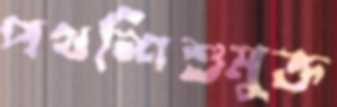
পথশিশুমুক্ত